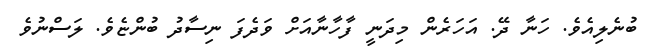
ބުނެލިއެވެ. ހަނާ ދޭ. އަހަރެން މިދަނީ ފާހާނާއަށް ވަދެފަ ނިސާދު ބުންޏެވެ. ލަސްނުވެ